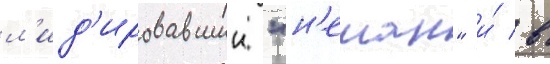
л'ид'ировавшии "н'еман" и́ в